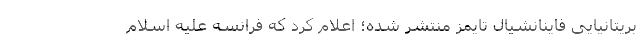
بریتانیایی فاینانشیال تایمز منتشر شده؛ اعلام کرد که فرانسه علیه اسلام